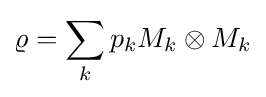
\varrho =\sum _{k}p_{k}M_{k}\otimes M_{k}